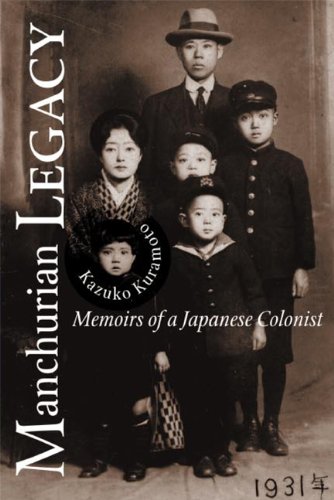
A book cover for Manchurian Legacy: Memoirs of a Japanese Colonist; Kazuko Kuramoto; Biographies & Memoirs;